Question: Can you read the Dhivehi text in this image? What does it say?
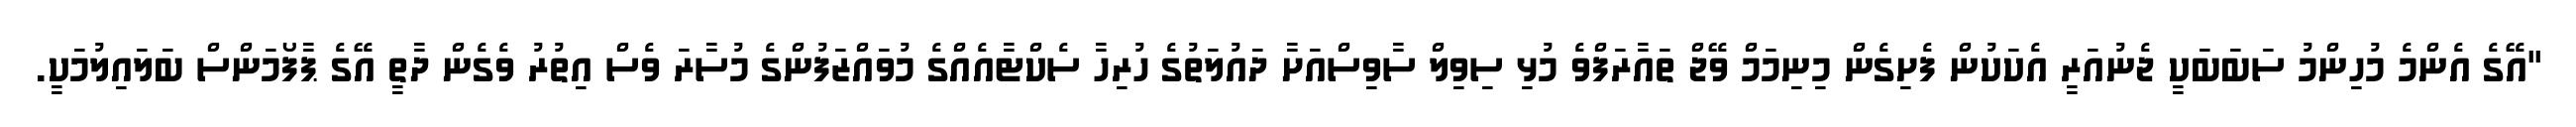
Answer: "އޭގެ އެންމެ މުހިންމު ސަބަބަކީ ޖެނުއަރީ އެކަކުން ފެށިގެން މިނިމަމް ވޭޖް ތައާރަފްވެ މުޅި ސިވިލް ސާވިސްއަށާ ދައުލަތުގެ ހުރިހާ ސެކްޓާއެއްގެ މުވައްޒަފުންގެ މުސާރަ ވެސް އިތުރު ވެގެން ދާތީ އޭގެ ޕާފޯމަންސް ބަލައިލުމަކީ.